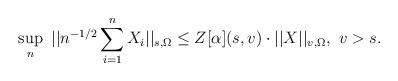
LaTeX: \begin{align*} \sup_n \ ||n^{-1/2} \sum_{i=1}^n X_i||_{s,\Omega} \le Z[\alpha](s,v) \cdot ||X||_{v,\Omega}, \ v > s.\end{align*}